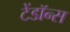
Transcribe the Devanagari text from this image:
टेंडॉन्स